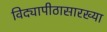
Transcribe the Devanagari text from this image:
विद्यापीठासारख्या